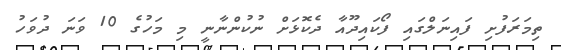
ތިމަރަފުށި ފައިނަލްގައި ފޯކައިދޫއާ ދެކޮޅަށް ނުކުންނާނީ މި މަހުގެ 10 ވަނަ ދުވަހު